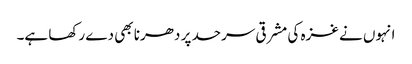
انہوں نے غزہ کی مشرقی سرحد پر دھرنا بھی دے رکھا ہے۔